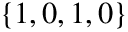
\{ 1 , 0 , 1 , 0 \}